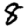
Digit: 8